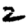
Digit: 2